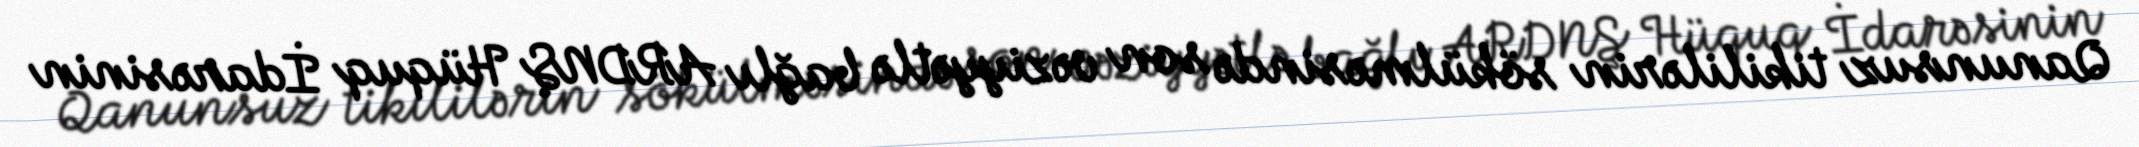
Qanunsuz tikililərin sökülməsində son vəziyyətlə bağlı ARDNŞ Hüquq İdarəsinin